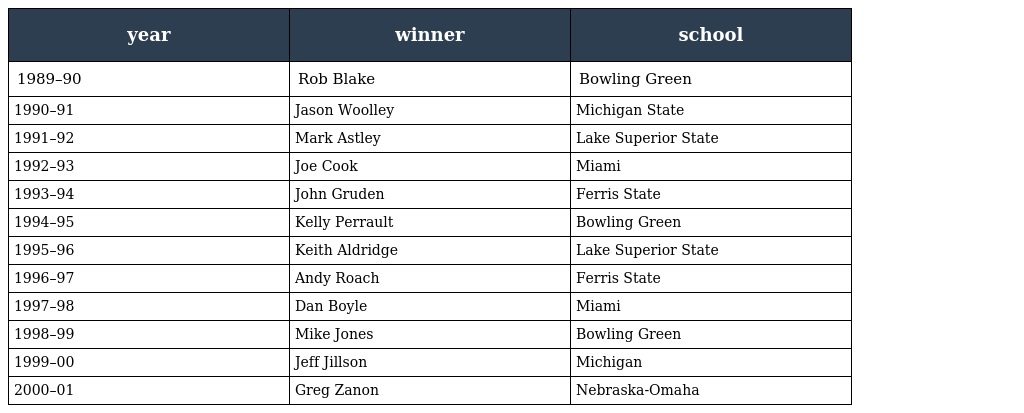
| year | winner | school |
 | --- | --- | --- |
 | 1989–90 | Rob Blake | Bowling Green |
 | 1990–91 | Jason Woolley | Michigan State |
 | 1991–92 | Mark Astley | Lake Superior State |
 | 1992–93 | Joe Cook | Miami |
 | 1993–94 | John Gruden | Ferris State |
 | 1994–95 | Kelly Perrault | Bowling Green |
 | 1995–96 | Keith Aldridge | Lake Superior State |
 | 1996–97 | Andy Roach | Ferris State |
 | 1997–98 | Dan Boyle | Miami |
 | 1998–99 | Mike Jones | Bowling Green |
 | 1999–00 | Jeff Jillson | Michigan |
 | 2000–01 | Greg Zanon | Nebraska-Omaha |